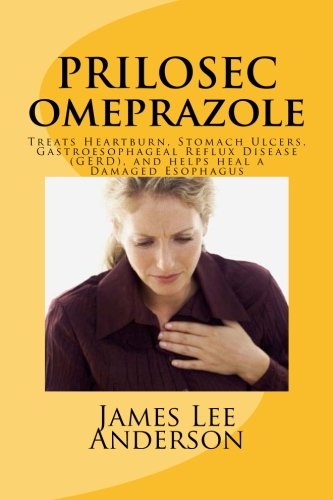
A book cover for PRILOSEC (Omeprazole): Treats Heartburn, Stomach Ulcers, Gastroesophageal Reflux Disease (GERD), and helps heal a Damaged Esophagus; James Lee Anderson; Health, Fitness & Dieting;